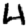
Digit: 4